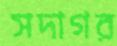
সদাগর